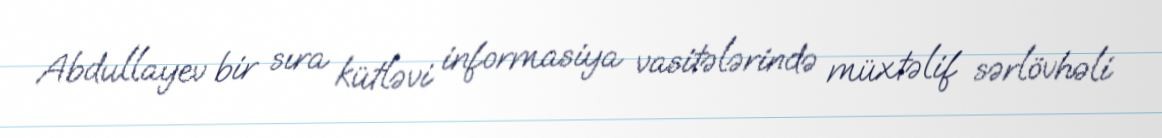
Abdullayev bir sıra kütləvi informasiya vasitələrində müxtəlif sərlövhəli